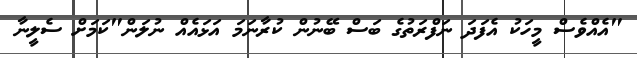
"އެއްވެސް މީހަކު އެފަދަ ނަފްރަތުގެ ބަސް ބޭނުން ކުރާނަމަ އަޅައެއް ނުލަން"ކަމަށް ސެލީނާ